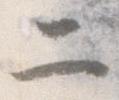
二